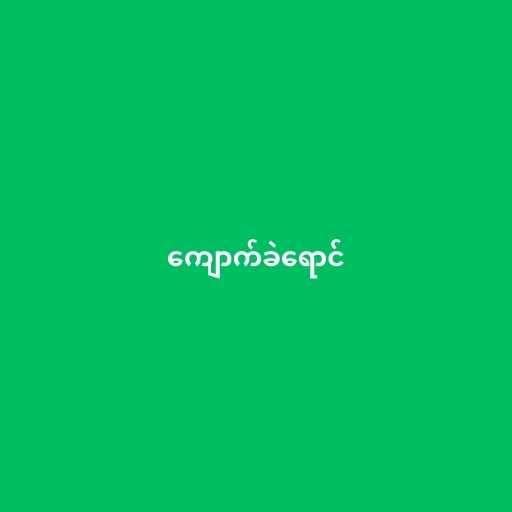
ကျောက်ခဲရောင်